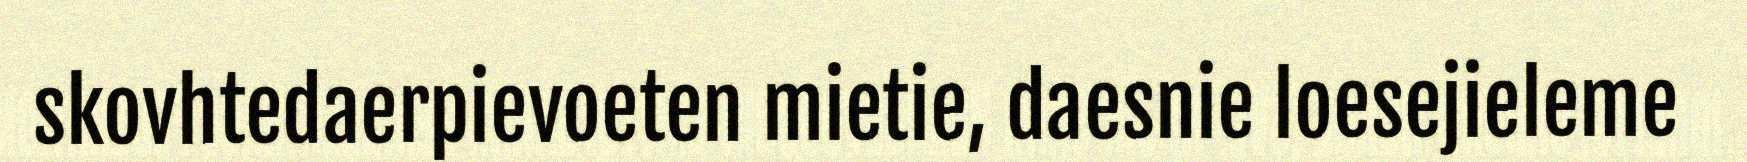
skovhtedaerpievoeten mietie, daesnie loesejieleme